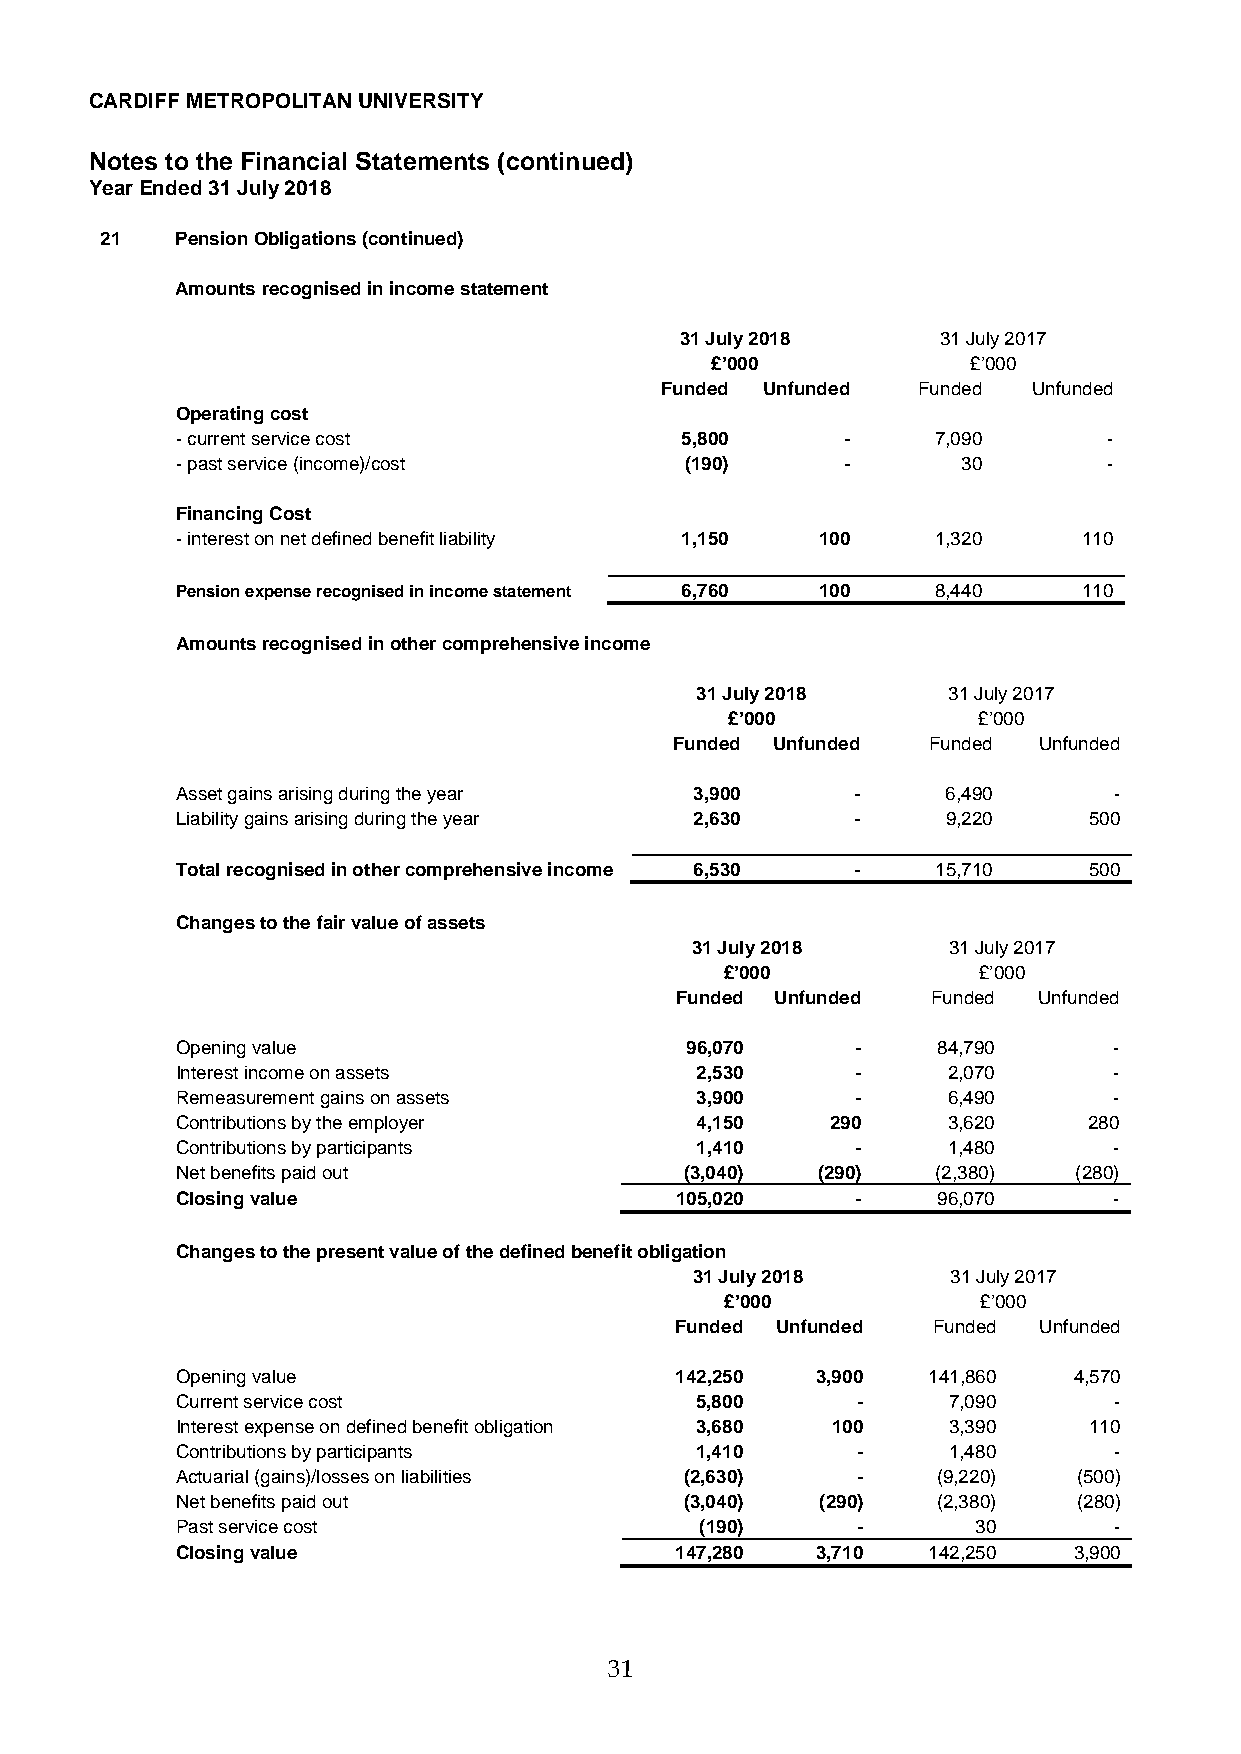
CARDIFF METROPOLITAN UNIVERSITY
 Notes to the Financial Statements (continued)
 Year Ended 31 July 2018
 21   Pension Obligations (continued)
 Amounts recognised in income statement
 31 July 2018     31 July 2017
 £’000            £’000
 Funded Unfunded  Funded Unfunded
 Operating cost
 - current service cost           5,800      -     7,090      -
 - past service (income)/cost     (190)      -       30       -
 Financing Cost
 - interest on net defined benefit liability 1,150 100 1,320 110
 Pension expense recognised in income statement 6,760 100 8,440 110
 Amounts recognised in other comprehensive income
 31 July 2018     31 July 2017
 £’000            £’000
 Funded Unfunded Funded  Unfunded
 Asset gains arising during the year 3,900    -     6,490      -
 Liability gains arising during the year 2,630 -    9,220    500
 Total recognised in other comprehensive income 6,530 - 15,710 500
 Changes to the fair value of assets
 31 July 2018     31 July 2017
 £’000            £’000
 Funded Unfunded  Funded Unfunded
 Opening value                    96,070      -    84,790      -
 Interest income on assets         2,530      -     2,070      -
 Remeasurement gains on assets     3,900      -     6,490      -
 Contributions by the employer     4,150    290     3,620    280
 Contributions by participants     1,410      -     1,480      -
 Net benefits paid out            (3,040)  (290)   (2,380)  (280)
 Closing value                    105,020     -    96,070      -
 Changes to the present value of the defined benefit obligation
 31 July 2018     31 July 2017
 £’000            £’000
 Funded Unfunded  Funded Unfunded
 Opening value                    142,250  3,900  141,860   4,570
 Current service cost              5,800      -     7,090      -
 Interest expense on defined benefit obligation 3,680 100 3,390 110
 Contributions by participants     1,410      -     1,480      -
 Actuarial (gains)/losses on liabilities (2,630) - (9,220)  (500)
 Net benefits paid out            (3,040)  (290)   (2,380)  (280)
 Past service cost                 (190)      -       30       -
 Closing value                    147,280  3,710  142,250   3,900
 31